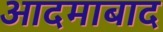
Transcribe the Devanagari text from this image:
आदमाबाद